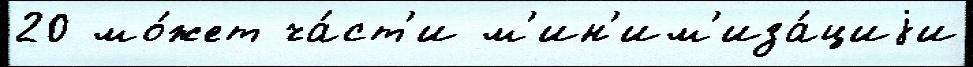
20 мо́жет ча́ст'и м'ин'им'иза́циjи